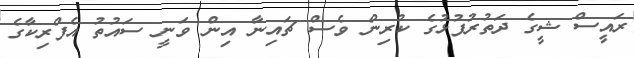
ރައީސް ޝީގެ ދަތުރުފުޅުގެ ކުރިން ވެސް ޗައިނާ އިން ވަނީ ސައުތު އެފްރިކާގެ